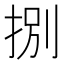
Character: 捌